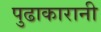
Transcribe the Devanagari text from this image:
पुढाकारानी